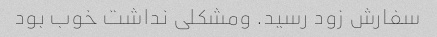
سفارش زود رسید. ومشکلی نداشت خوب بود